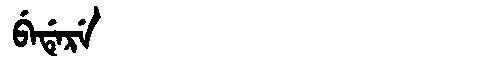
Manchu: ᠪᡝᡩᡝᡵᡝ
Romanization: BEDERE